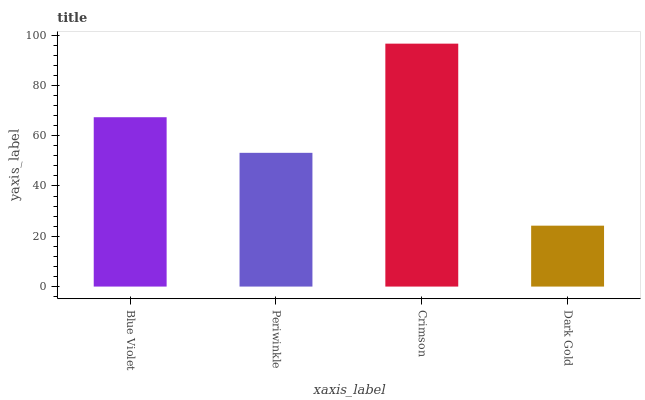
| xaxis_label | bars |
 | --- | --- |
 | Blue Violet | 67.3 |
 | Periwinkle | 53.2 |
 | Crimson | 96.6 |
 | Dark Gold | 24.2 |